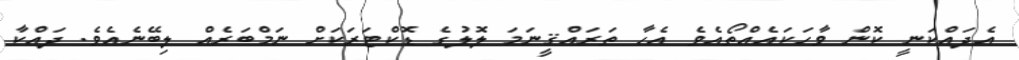
އެދައްކަނީ ކޮން ވާހަކައެއްތޯއެވެ އެހާ ތަރައްޤީނަމަ ލޮލުގެ ޑޮކްޓަރަކަށް ނަމްބަރެއް ލިބޭނެއެވެ. ދައްކާ